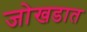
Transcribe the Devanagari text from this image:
जोखडात